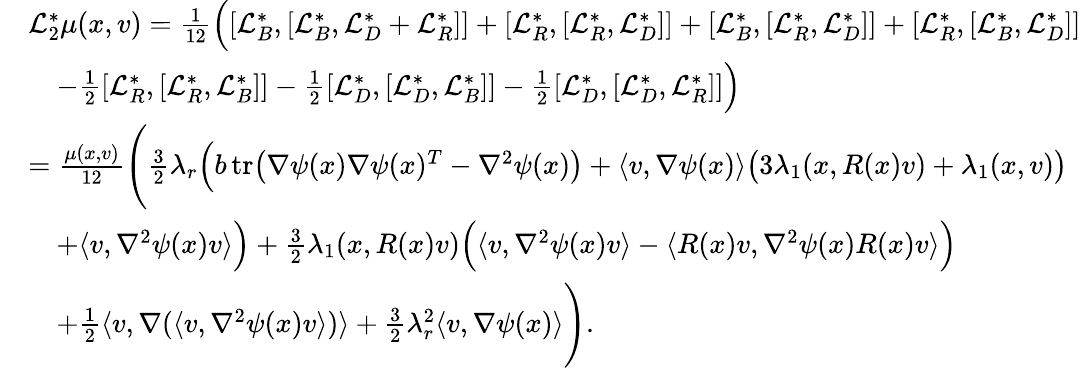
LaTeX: \begin{array}{rl}&{\mathcal{L}_{2}^{*}\mu(x,v)=\frac{1}{12}\Big([\mathcal{L}_{B}^{*},[\mathcal{L}_{B}^{*},\mathcal{L}_{D}^{*}+\mathcal{L}_{R}^{*}]]+[\mathcal{L}_{R}^{*},[\mathcal{L}_{R}^{*},\mathcal{L}_{D}^{*}]]+[\mathcal{L}_{B}^{*},[\mathcal{L}_{R}^{*},\mathcal{L}_{D}^{*}]]+[\mathcal{L}_{R}^{*},[\mathcal{L}_{B}^{*},\mathcal{L}_{D}^{*}]]}\\ &{\quad-\frac{1}{2}[\mathcal{L}_{R}^{*},[\mathcal{L}_{R}^{*},\mathcal{L}_{B}^{*}]]-\frac{1}{2}[\mathcal{L}_{D}^{*},[\mathcal{L}_{D}^{*},\mathcal{L}_{B}^{*}]]-\frac{1}{2}[\mathcal{L}_{D}^{*},[\mathcal{L}_{D}^{*},\mathcal{L}_{R}^{*}]]\Big)}\\ &{=\frac{\mu(x,v)}{12}\Bigg(\frac{3}{2}\lambda_{r}\Big(b\, \mathrm{tr}\big(\nabla\psi(x)\nabla\psi(x)^{T}-\nabla^{2}\psi(x)\big)+\langle v,\nabla\psi(x)\rangle\big(3\lambda_{1}(x,R(x)v)+\lambda_{1}(x,v)\big)}\\ &{\quad+\langle v,\nabla^{2}\psi(x)v\rangle\Big)+\frac{3}{2}\lambda_{1}(x,R(x)v)\Big(\langle v,\nabla^{2}\psi(x)v\rangle-\langle R(x)v,\nabla^{2}\psi(x)R(x)v\rangle\Big)}\\ &{\quad+\frac{1}{2}\langle v,\nabla(\langle v,\nabla^{2}\psi(x)v\rangle)\rangle+\frac{3}{2}\lambda_{r}^{2}\langle v,\nabla\psi(x)\rangle\Bigg).}\end{array}